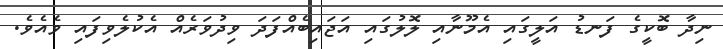
ނިދާ ބޮކީގެ ފަނޑު އަލީގައި އެމޫނާއި ލޮލުގައި އަޖައިބެއްފަދަ ވިދުވަރެއް އެކުލެވިފައި ވެއެވެ.